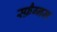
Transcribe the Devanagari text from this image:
स्फ़ैग्नम